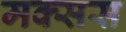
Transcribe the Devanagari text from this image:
मक्सस